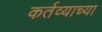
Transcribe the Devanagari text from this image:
कर्तव्याच्या